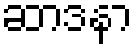
ဆာဒနာ